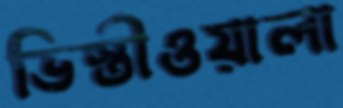
ভিস্তীওয়ালা